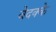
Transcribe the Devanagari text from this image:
वेदक्के